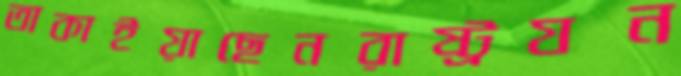
তাকাইয়াছেনরাষ্ট্রযন